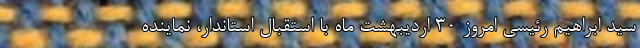
سید ابراهیم رئیسی امروز ۳۰ اردیبهشت ماه با استقبال استاندار، نماینده